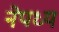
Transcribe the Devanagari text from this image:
नेपध्य